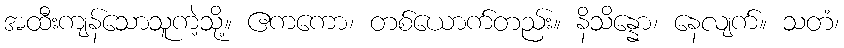
အထီးကျန်သောသူကဲ့သို့။ ဧကကော၊ တစ်ယောက်တည်း။ နိသိန္နော၊ နေလျက်။ သတံ၊